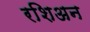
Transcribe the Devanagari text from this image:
रशिअन